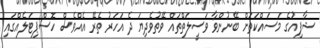
ޝާފިއުގެ މަސައްކަތަށް ބޭނުންވާ ވަސީލަތްތައް ވޭތުވެދިޔަ ދެ އަހަރު ތެރޭ އެއްވެސް ހޮސްޕިޓަލެއްގައި